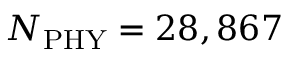
N _ { \mathrm { P H Y } } = 2 8 , 8 6 7